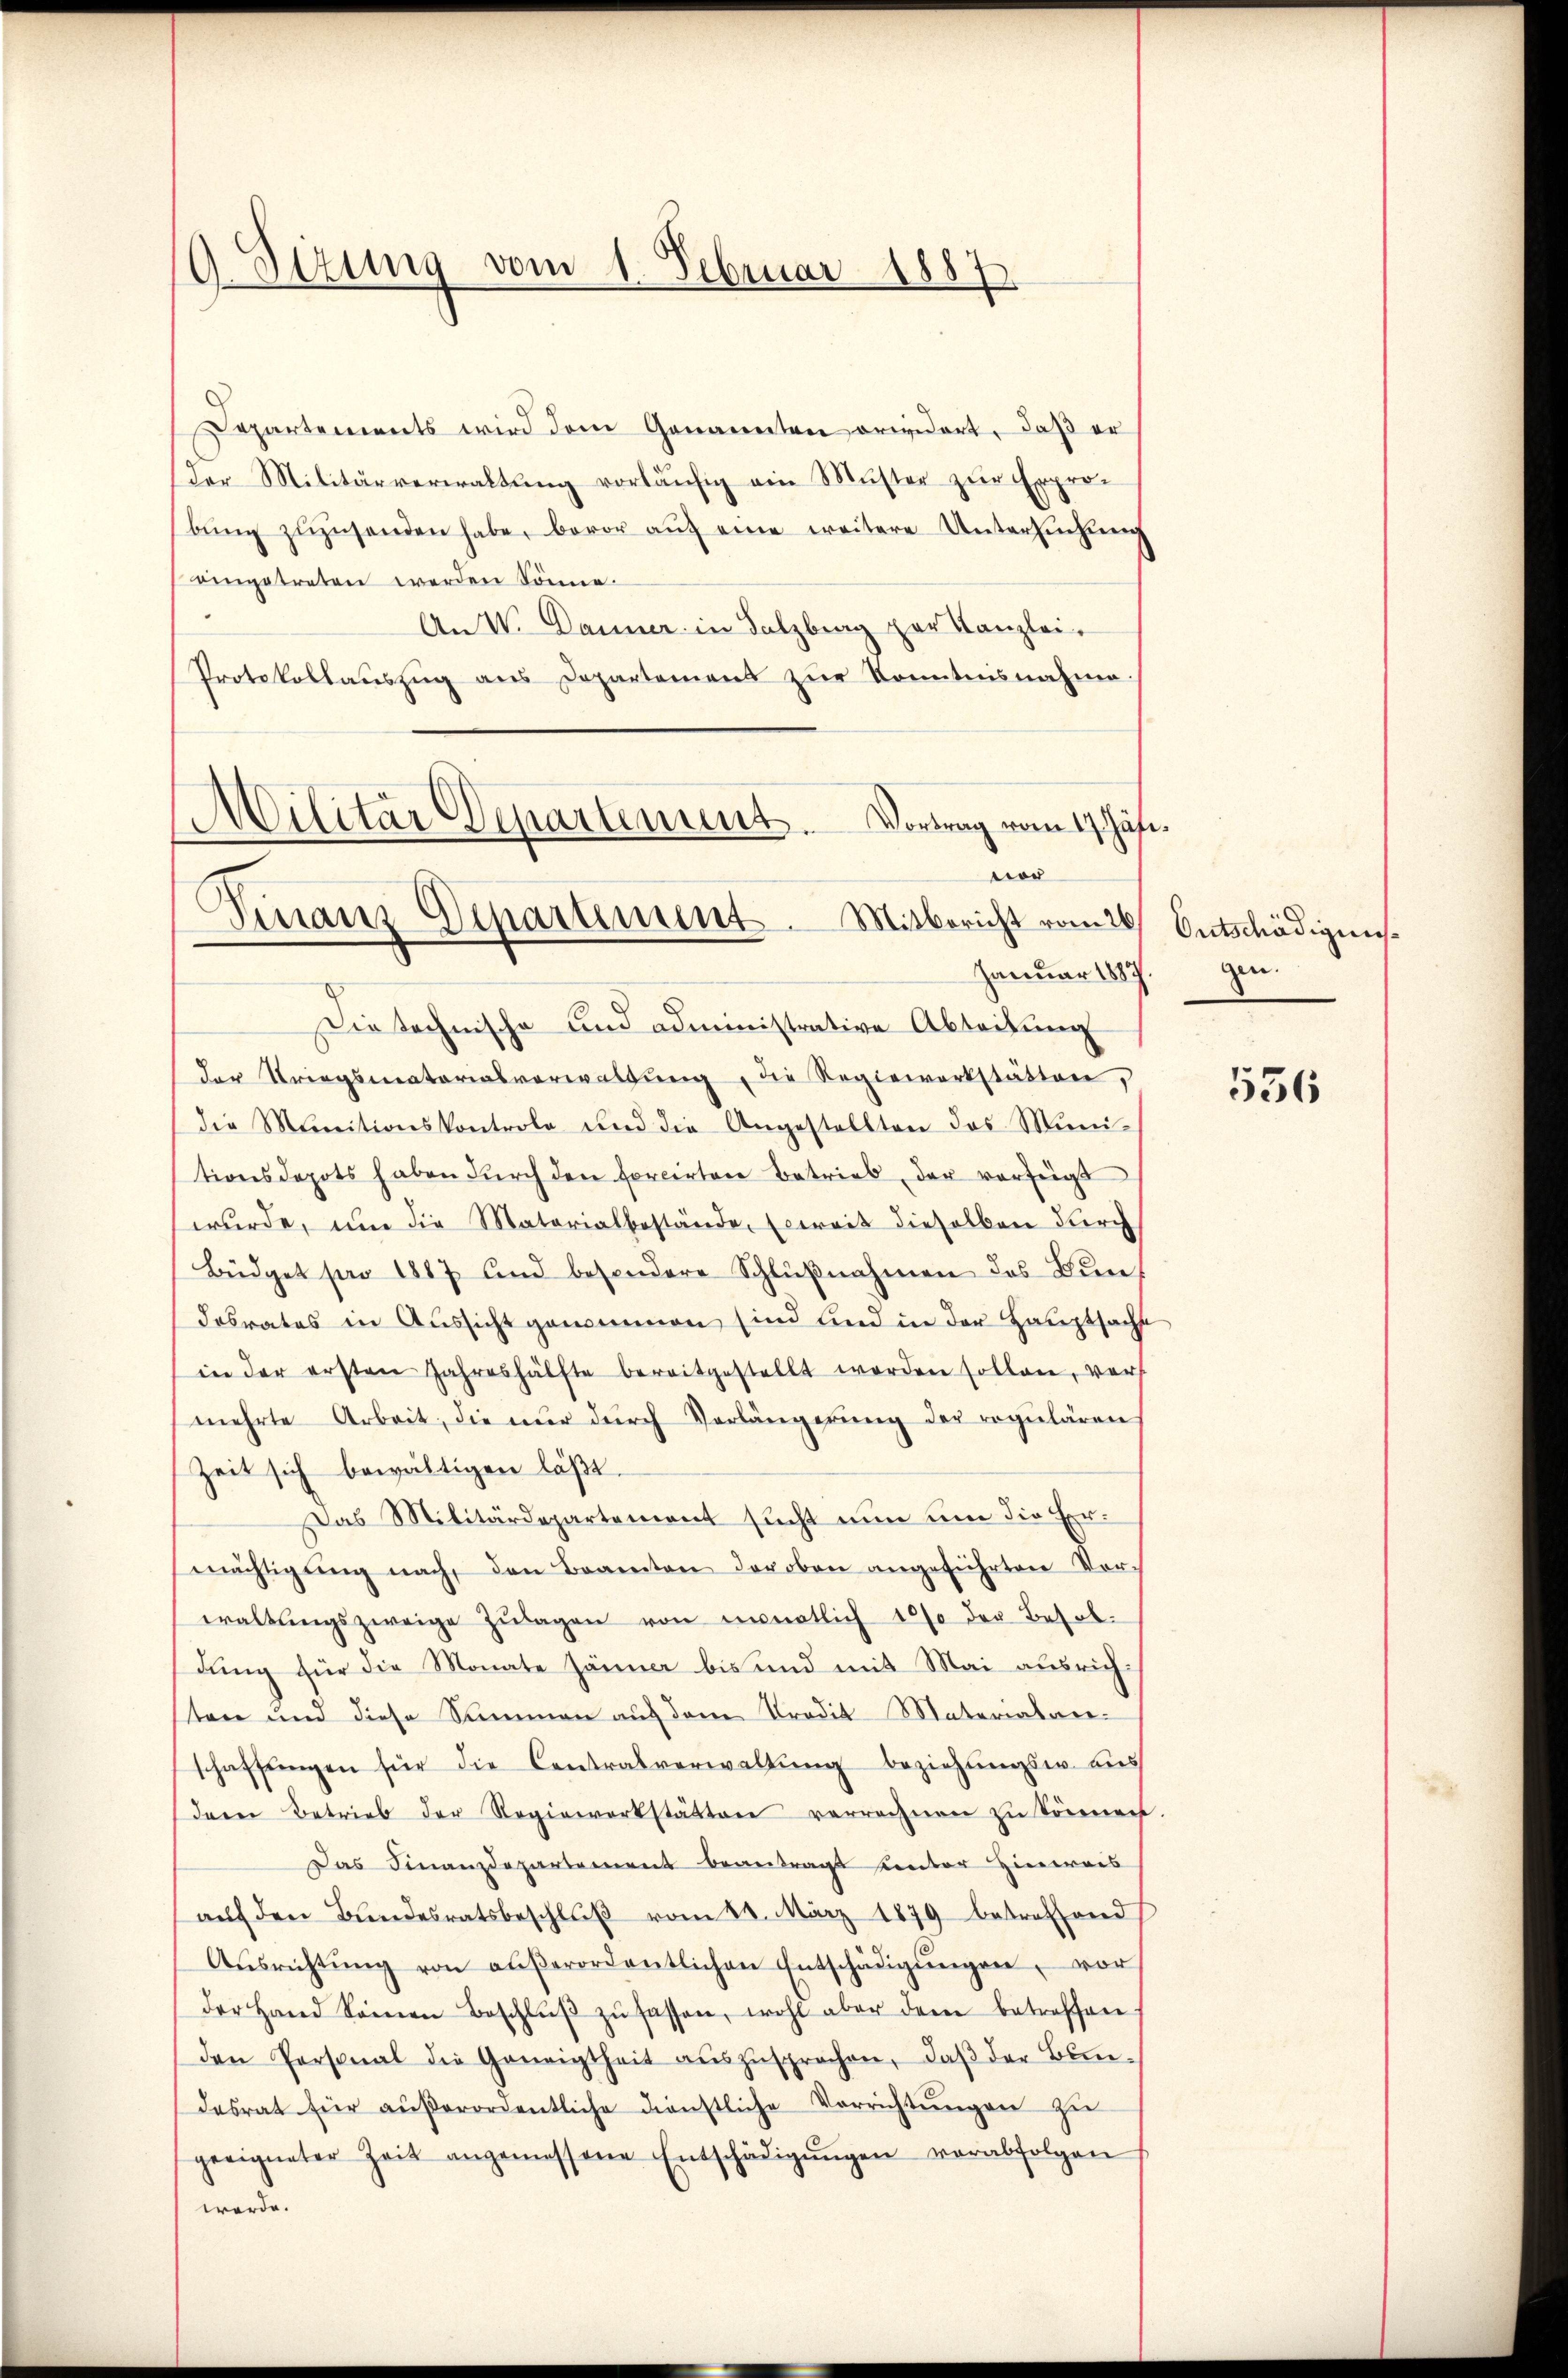
O Sizung vom 1. Februar 1887

Departements wird dem Genannten orieidert, daß er
der Militärverwaltŭng vorläŭfig ein Muster zŭr Expro-
bŭng zŭzŭsenden habe, bevor aŭf eine weitere Untersuchung
eingetreten werden könne.
An W. Danner in Salzburg zur Kanzlei-
Protokollaŭszŭg ans Departement zŭr Konntnisnahme.
Militär Departement.
Vortrag vom 17. Jähr¬

vor
Finanz-Departement. Mitbericht vom 26
Januar 1887. gen.

Die technische und administrative Abteilung
der Striegsmatariasverwaltŭng, die Regiewerkstätten,
die Minitionskontrole und die Angestellten das Muni-
tionsdepots haben dŭrch den forcirten Betrieb, der vorzeigt
wurde, um die Materialbestände, Euereit dieselben durch
Büdget pro 1887 und besondere Schlŭβnahmen des Bure
desrates in Aussicht genommen sind und in der Hauptsacht
in der ersten Jahreshälfte bereitgestellt werden sollen, vors
mehrte Arbeit, die nur durch Vorlängerung der regulären
Zeit sich bewältigen läßt
Das Militärdepartement sucht nŭn ŭm die Er-
mächtigŭng nach, den Beamten der oben angeführten Vorwaltŭngszweige Zŭlagen von ernatlich 10% der Besoldung für die Monate Jänner bis und mit Mai ausrichten und diese Sammen auf dem Prodik Materialanschaffŭngen für die Centralverwaltŭng beziehŭngsw. aus
dern Betrieb der Regiewerkstätten verrechnen zu können
Das Finanzdepartement beantragt unter Hinweis
aŭf den Bŭndesratsbeschlŭβ vom 28. März 1879 betreffend
Aŭsrichtŭng von aŭβerordentlichen Entschädigŭngen, vor
der Hand Sonnen Beschlŭβ zŭ fassen, wohl aber den betreffen.
den Personal die Geneigtheit aŭszŭsprochen, daβ der Blie-
desrat für aŭβerordentliche dienstliche Verrichtŭngen zu
geeigneter Zeit angemessene Entschädigŭngen verabfolgen
werde.

Ontschädigens¬

536